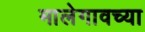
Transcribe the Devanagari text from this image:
मालेगावच्या